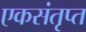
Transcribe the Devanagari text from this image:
एकसंतृप्त